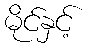
မိုင်နှင့်